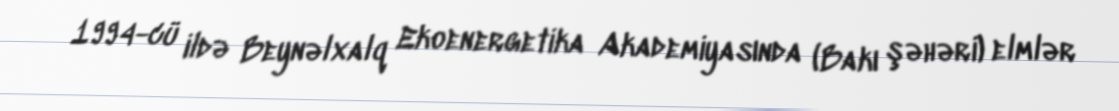
1994-cü ildə Beynəlxalq Ekoenergetika Akademiyasında (Bakı şəhəri) elmlər